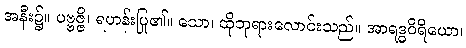
အနီး၌။ ပဗ္ဗဇ္ဇိ၊ ရဟန်းပြု၏။ သော၊ ထိုဘုရားလောင်းသည်။ အာရဒ္ဓဝိရိယော၊